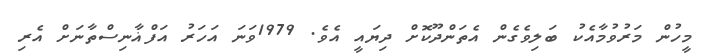
މީހުން މަރުވުމާއެކު ބަލިވެގެން އެތަންދޫކޮށް ދިޔައީ އެވެ. 1979ވަނަ އަހަރު އަފްޣާނިސްތާނަށް އެރި